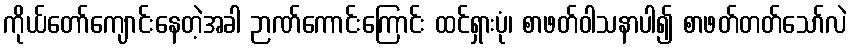
ကိုယ်တော်ကျောင်းနေတဲ့အခါ ဉာဏ်ကောင်းကြောင်း ထင်ရှားပုံ၊ စာဖတ်ဝါသနာပါ၍ စာဖတ်တတ်သော်လဲ